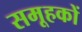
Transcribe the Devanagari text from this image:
समूहकों